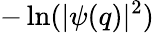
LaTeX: -\ln(|\psi(q)|^{2})